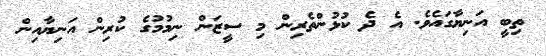
ތިބީ އަނިޔާގައެވެ. އެ ދެ ކުޅުންތެރިން މި ސީޒަން ނިމުމުގެ ކުރިން އަނިޔާއިން